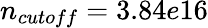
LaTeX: n_{cutoff}=3.84e16